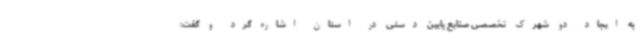
به ایجاد دو شهرک تخصصی صنایع پایین دستی در استان اشاره گرد و گفت: